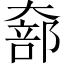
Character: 𫯵